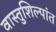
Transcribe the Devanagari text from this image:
वास्तुशिल्पांत